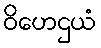
ဝိဟေဌယံ